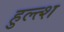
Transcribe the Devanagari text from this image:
हुल्त्श